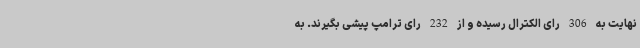
نهایت به 306 رای الکترال رسیده و از 232 رای ترامپ پیشی بگیرند. به